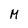
Character: M